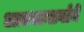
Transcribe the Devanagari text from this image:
आल्यामार्गाने